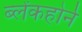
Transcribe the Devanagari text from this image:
ब्लेंकहोर्न